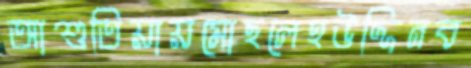
আশুতিয়ায়মোছলেহউদ্দিনব